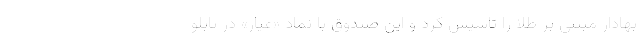
بهادار مبتنی بر طلا را تاسیس کرد و این صندوق با نماد «عیار» در تابلو